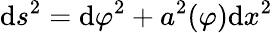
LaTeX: \mathrm{d}s^{2}=\mathrm{d}\varphi^{2}+a^{2}(\varphi)\mathrm{d}x^{2}